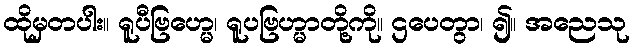
ထိုမှတပါး။ ရူပီဗြဟ္မေ၊ ရူပဗြဟ္မာတို့ကို။ ဌပေတွာ၊ ၍။ အညေသု